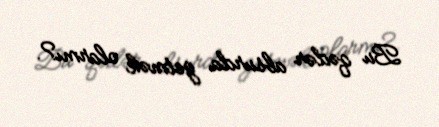
Bu qədər absurda getmək olarmı?.